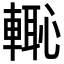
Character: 𮝡